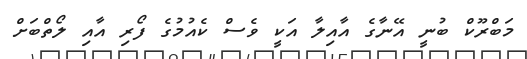
މަބްރޫކް ބުނީ އޭނާގެ އާއިލާ އަކީ ވެސް ކެއުމުގެ ފޯރި އާއި ލޯތްބަށް